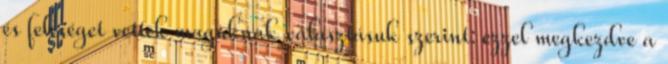
és feleséget vettek maguknak választásuk szerint: ezzel megkezdve a